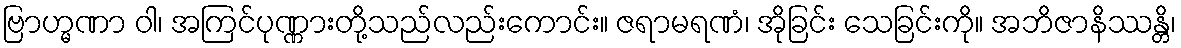
ဗြာဟ္မဏာ ဝါ၊ အကြင်ပုဏ္ဏားတို့သည်လည်းကောင်း။ ဇရာမရဏံ၊ အိုခြင်း သေခြင်းကို။ အဘိဇာနိဿန္တိ၊